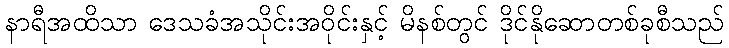
နာရီအထိသာ ဒေသခံအသိုင်းအဝိုင်းနှင့် မိနစ်တွင် ဒိုင်နိုဆောတစ်ခုစီသည်